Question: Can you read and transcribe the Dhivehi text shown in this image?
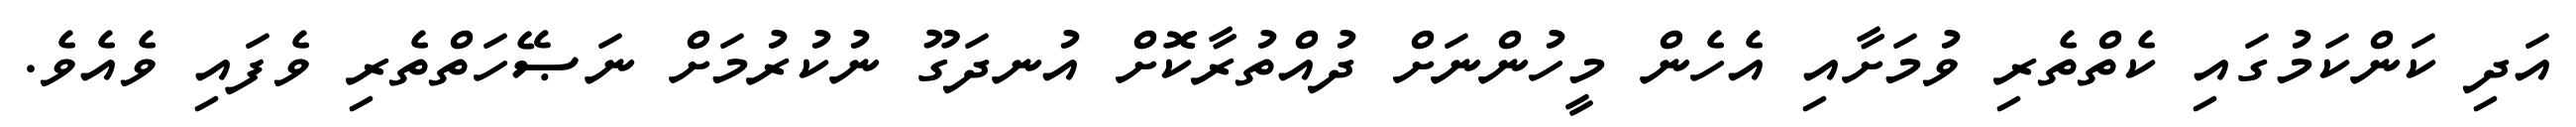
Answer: އަދި ކަންކަމުގައި ކެތްތެރި ވުމަށާއި އެހެން މީހުންނަށް ދުއްތުރާކޮށް އުނދަގޫ ނުކުރުމަށް ނަޞޭހަތްތެރި ވެފައި ވެއެވެ.